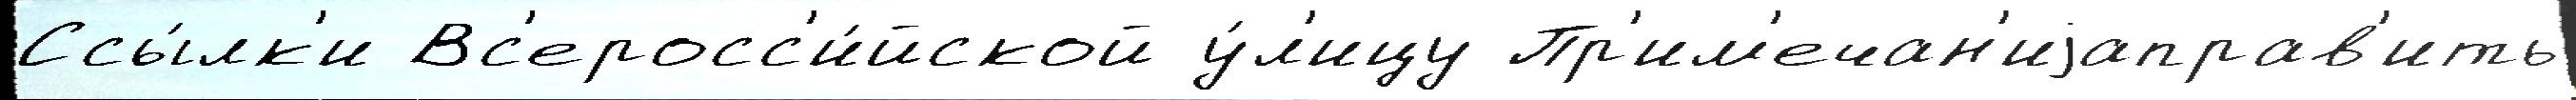
Ссы́лк'и Вс'еросс'и́йской у́л'ицу Пр'им'ечан'иjаправ'ить